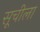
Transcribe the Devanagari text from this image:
सूचीला